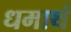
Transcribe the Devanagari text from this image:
धमार्थ